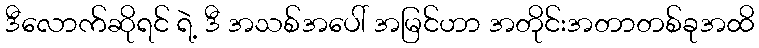
ဒီလောက်ဆိုရင် ရဲ့ ဒီ အသစ်အပေါ် အမြင်ဟာ အတိုင်းအတာတစ်ခုအထိ